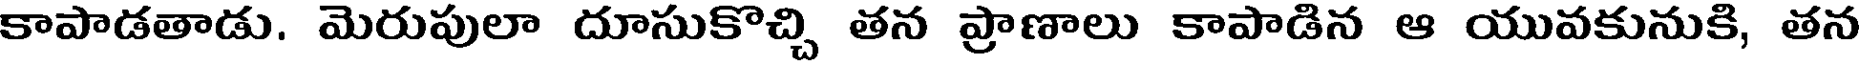
కాపాడతాడు. మెరుపులా దూసుకొచ్చి తన ప్రాణాలు కాపాడిన ఆ యువకునుకి, తన